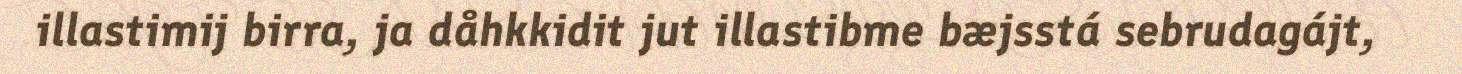
illastimij birra, ja dåhkkidit jut illastibme bæjsstá sebrudagájt,